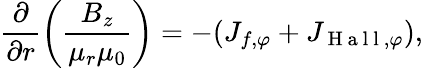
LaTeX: \frac{\partial}{\partial r}\bigg(\frac{B_{z}}{\mu_{r}\mu_{0}}\bigg)=-(J_{f,\varphi}+J_{\mathrm{~H~a~l~l~},\varphi}),